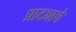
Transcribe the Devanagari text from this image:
प्राट्याचे